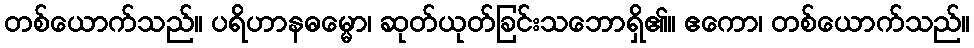
တစ်ယောက်သည်။ ပရိဟာနဓမ္မော၊ ဆုတ်ယုတ်ခြင်းသဘောရှိ၏။ ဧကော၊ တစ်ယောက်သည်။